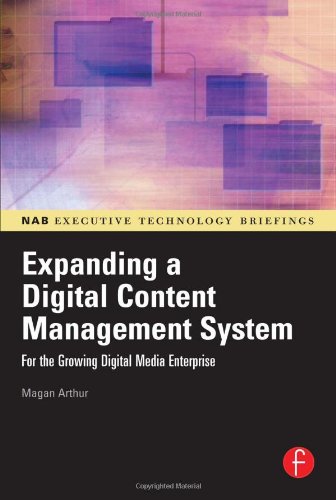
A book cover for Expanding a Digital Content Management System: for the Growing Digital Media Enterprise (NAB Executive Technology Briefings); Magan H. Arthur; Computers & Technology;